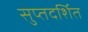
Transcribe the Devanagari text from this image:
सुप्तदर्शित